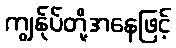
ကျွန်ုပ်တို့အနေဖြင့်